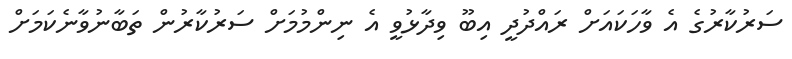
ސަރުކާރުގެ އެ ވާހަކައަށް ރައްދުދީ އިބޫ ވިދާޅުވީ އެ ނިންމުމަށް ސަރުކާރުން ތަބާނުވާނެކަމަށް